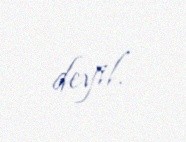
deyil.